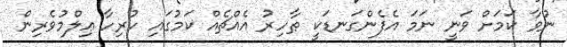
ނުވާ ކަމަށް ވަނީ ނަމަ އެފެންގަނޑަކީ ޠާހިރު އެއްޗެއް ކަމުގައި ހުރިހާ ޢިލްމުވެރިން